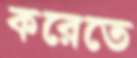
করেতে